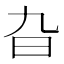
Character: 旮